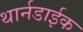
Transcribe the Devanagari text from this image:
थार्नडाईक